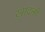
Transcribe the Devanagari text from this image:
खादली